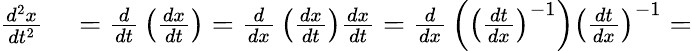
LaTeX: \begin{array}{rl}{{\frac{d^{2}x}{dt^{2}}}}&{{}={\frac{d}{dt}}\left({\frac{dx}{dt}}\right)={\frac{d}{dx}}\left({\frac{dx}{dt}}\right){\frac{dx}{dt}}={\frac{d}{dx}}\left(\left({\frac{dt}{dx}}\right)^{-1}\right)\left({\frac{dt}{dx}}\right)^{-1}=}\end{array}